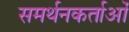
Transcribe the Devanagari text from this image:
समर्थनकर्ताओं